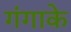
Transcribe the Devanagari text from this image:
गंगाके